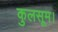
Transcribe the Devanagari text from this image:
कुलसूम।